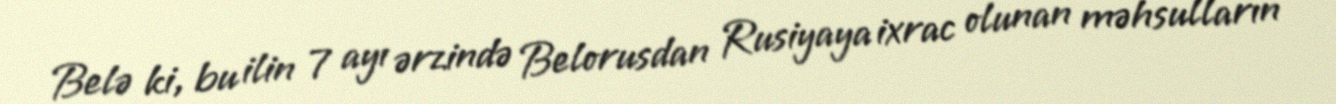
Belə ki, bu ilin 7 ayı ərzində Belorusdan Rusiyaya ixrac olunan məhsulların